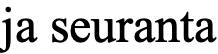
ja seuranta